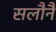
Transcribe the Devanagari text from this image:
सलौनैं